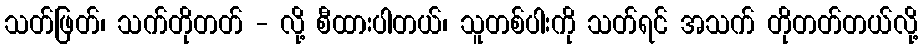
သတ်ဖြတ်၊ သက်တိုတတ် - လို့ စီထားပါတယ်၊ သူတစ်ပါးကို သတ်ရင် အသက် တိုတတ်တယ်လို့